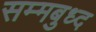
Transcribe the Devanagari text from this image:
सम्मबुध्द